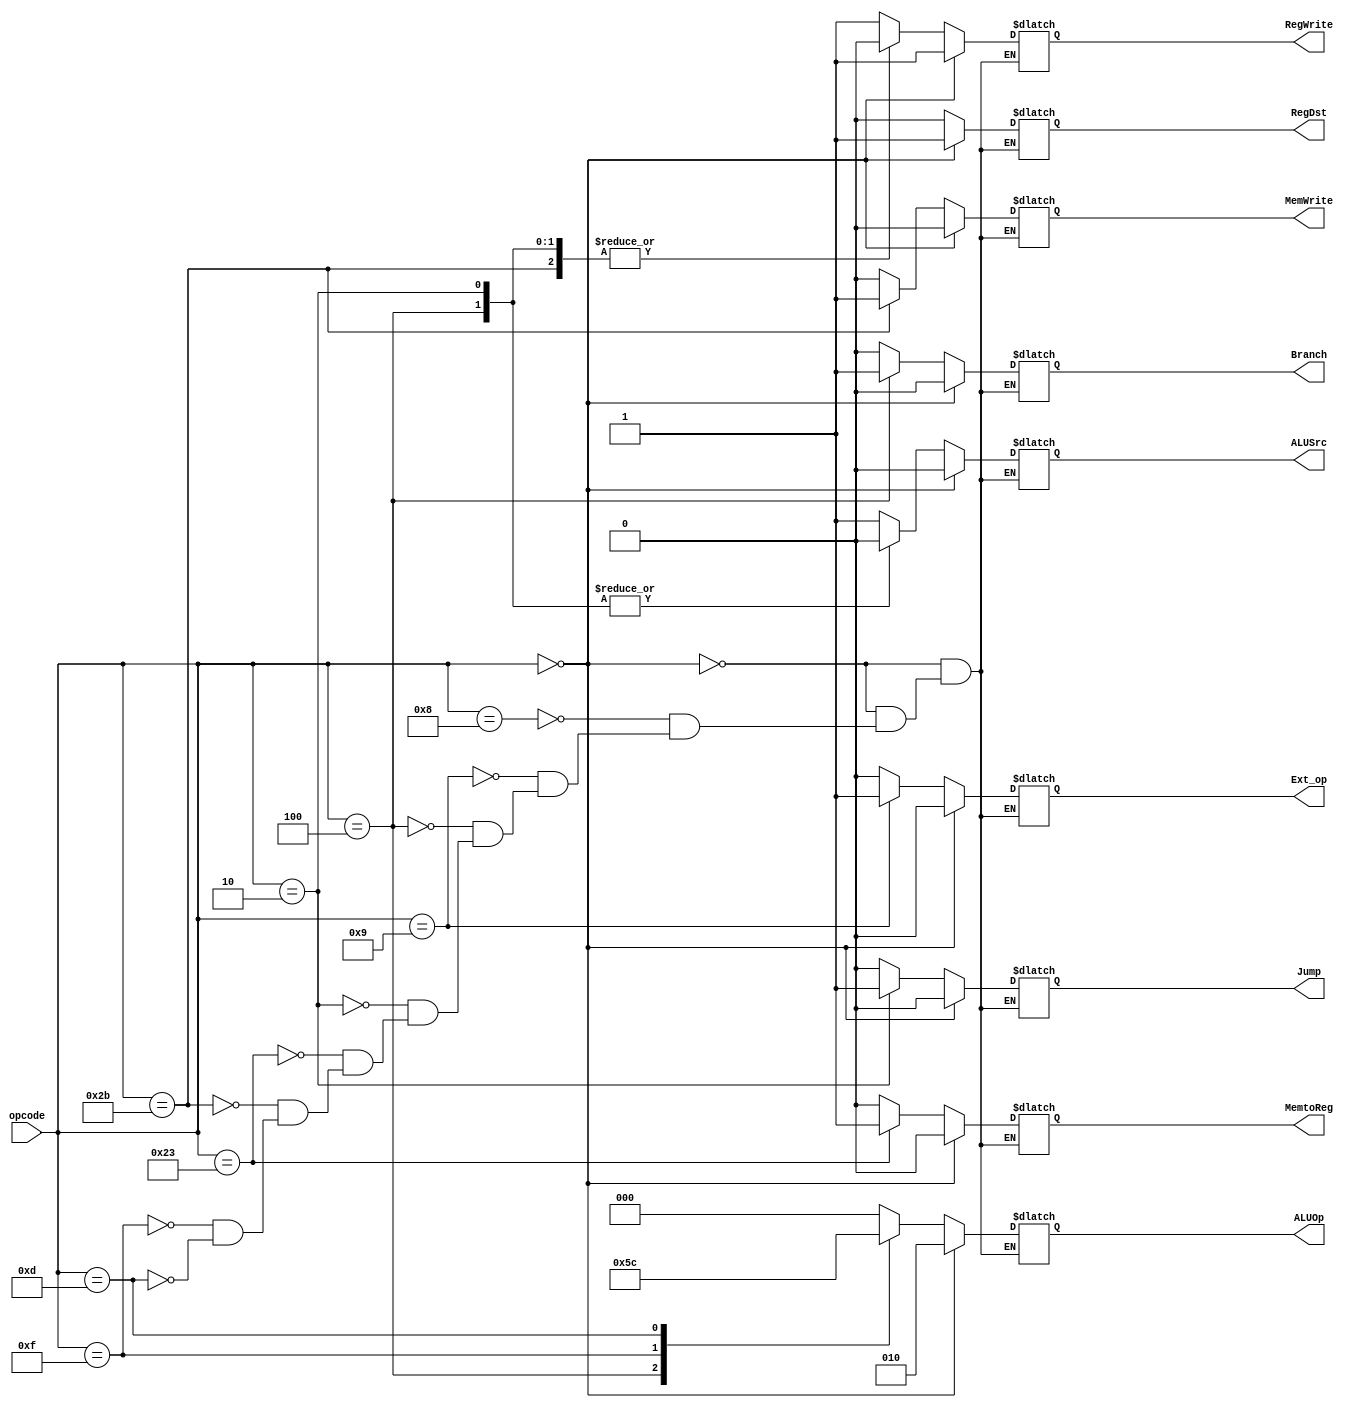
module controller(opcode, RegDst, Branch, MemtoReg, ALUOp, 
    MemWrite, ALUSrc, RegWrite, Jump, Ext_op);

    input   [31:26] opcode;         // 6-bit opcode, which is instr[31:26]         

    // outputs are all signals
    output reg         RegDst;   
    output reg         Branch;
    output reg         MemtoReg;
    output reg [ 2: 0] ALUOp;
    output reg         MemWrite;
    output reg         ALUSrc;
    output reg         RegWrite;
    output reg         Jump;
    output reg         Ext_op;

    // for easy use 
    `define SIGNAL {RegDst, Branch, MemtoReg, ALUSrc, ALUOp, MemWrite, RegWrite, Jump, Ext_op}
    parameter T = 1'b1;
    parameter F = 1'b0;

    // opcode field
    parameter ADDI   = 6'b001000;
    parameter ADDIU  = 6'b001001;
    parameter BEQ    = 6'b000100;
    parameter J      = 6'b000010;
    parameter LW     = 6'b100011;
    parameter SW     = 6'b101011;
    parameter LUI    = 6'b001111;
    parameter ORI    = 6'b001101;

    always @(*) 
    begin
        if (opcode == 6'b000000)    // R type operation, use funct
            `SIGNAL = {T, F, F, F, 3'b010, F, T, F, F};
        else
            case(opcode) 
                // About ALUOp of I type and J type:
                // 000: use add
                // 001: use minus
                // 011: load to upper 16-bit
                // 100: use or
                ADDI  : `SIGNAL = {F, F, F, T, 3'b000, F, T, F, F};
                ADDIU : `SIGNAL = {F, F, F, T, 3'b000, F, T, F, T};
                BEQ   : `SIGNAL = {F, T, F, F, 3'b001, F, F, F, F};
                J     : `SIGNAL = {F, F, F, F, 3'b000, F, F, T, F};
                LW    : `SIGNAL = {F, F, T, T, 3'b000, F, T, F, F};
                SW    : `SIGNAL = {F, F, F, T, 3'b000, T, F, F, F};
                LUI   : `SIGNAL = {F, F, F, T, 3'b011, F, T, F, F};
                ORI   : `SIGNAL = {F, F, F, T, 3'b100, F, T, F, F};
            endcase    
    end
endmodule